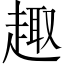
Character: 趣